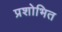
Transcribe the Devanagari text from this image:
प्रशोभित